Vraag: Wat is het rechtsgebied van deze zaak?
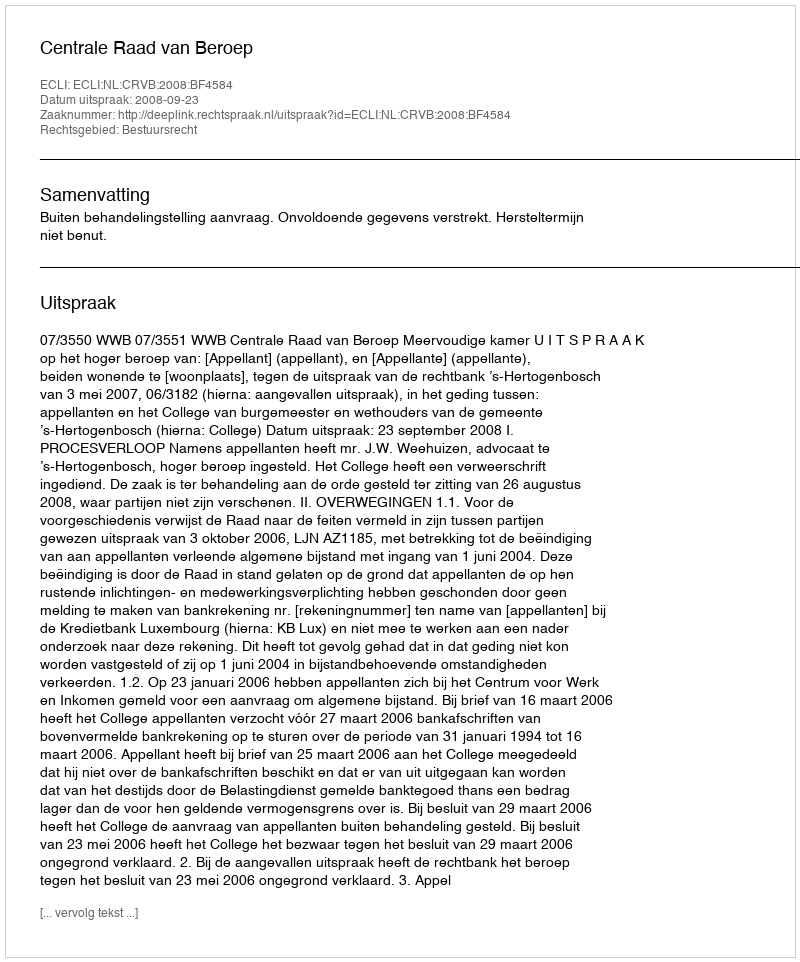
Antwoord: Bestuursrecht